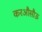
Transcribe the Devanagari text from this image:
करऔसौऊ